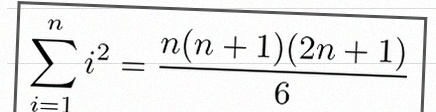
\sum_{i=1}^{n}i^2=\frac{n(n+1)(2n+1)}6